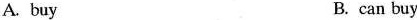
A. buy B. can buy